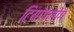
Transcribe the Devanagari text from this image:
टियांगलोंग